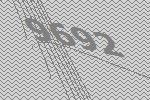
9692